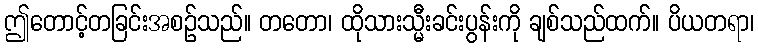
ဤတောင့်တခြင်းအစဉ်သည်။ တတော၊ ထိုသားသ္မီးခင်းပွန်းကို ချစ်သည်ထက်။ ပိယတရာ၊